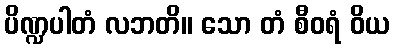
ပိဏ္ဍပါတံ လဘတိ။ သော တံ စီဝရံ ဝိယ